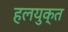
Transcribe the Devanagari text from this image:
हलयुक्त